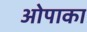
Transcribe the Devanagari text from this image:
ओपाका